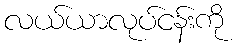
လယ်ယာလုပ်ငန်းကို